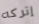
إتركه